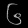
Digit: ၆